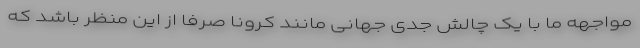
مواجهه ما با یک چالش جدی جهانی مانند کرونا صرفا از این منظر باشد که